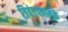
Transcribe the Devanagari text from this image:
जिवंतपणामुळे